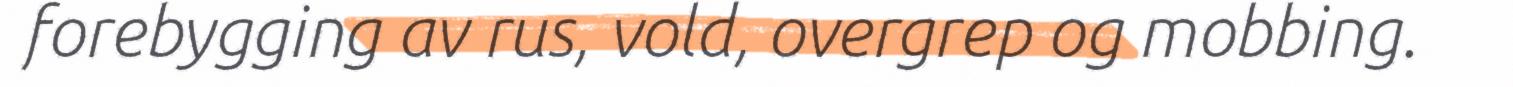
forebygging av rus, vold, overgrep og mobbing.